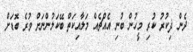
ދެން ޛިކުރު ކުރި މީހުން ބުނި އެއްޗެއް މަލާއިކަތް ބޭކަލުންނަށް ވުރެ ބޮޑަށް